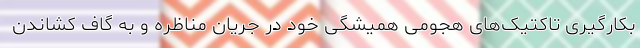
بکارگیری تاکتیک‌های هجومی همیشگی خود در جریان مناظره و به گاف کشاندن